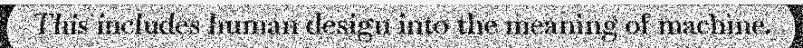
This includes human design into the meaning of machine.